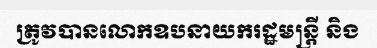
ត្រូវបានលោកឧបនាយករដ្ឋមន្ត្រី និង